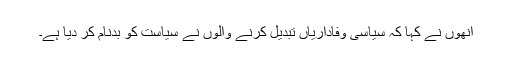
انھوں نے کہا کہ سیاسی وفاداریاں تبدیل کرنے والوں نے سیاست کو بدنام کر دیا ہے۔